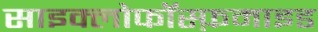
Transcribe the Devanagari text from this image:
साइक्लोफॉस्फ़माइड